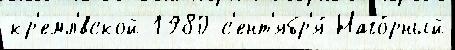
кр'емл'́вской 1980 с'ент'ябр'я́ Наго́рный